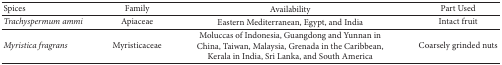
<table><thead><tr><td><b>Spices</b></td><td><b>Family</b></td><td><b>Availability</b></td><td><b>Part Used</b></td></tr></thead><tbody><tr><td><i>Trachyspermum ammi</i></td><td>Apiaceae</td><td>Eastern Mediterranean, Egypt, and India</td><td>Intact fruit</td></tr><tr><td><i>Myristica fragrans</i></td><td>Myristicaceae</td><td>Moluccas of Indonesia, Guangdong and Yunnan in China, Taiwan, Malaysia, Grenada in the Caribbean, Kerala in India, Sri Lanka, and South America</td><td>Coarsely grinded nuts</td></tr></tbody></table>